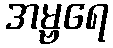
အမ္ဗရေ